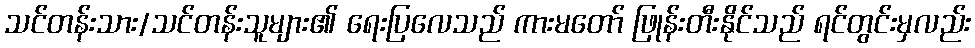
သင်တန်းသား/သင်တန်းသူများ၏ ရေးပြလေသည် ကားမတော် ဖြုန်းတီးနိုင်သည် ရင်တွင်းမှလည်း